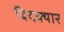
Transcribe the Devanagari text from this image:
बिदक्यार